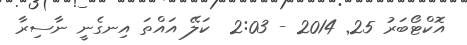
އޮކްޓޯބަރު 25